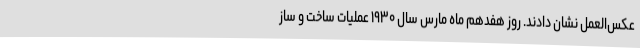
عکس‌العمل نشان دادند. روز هفدهم ماه مارس سال ۱۹۳۰ عملیات ساخت و ساز